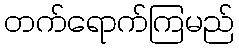
တက်ရောက်ကြမည်